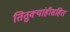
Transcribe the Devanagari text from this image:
तितुक्यांहीसहित